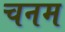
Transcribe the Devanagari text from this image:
चनम